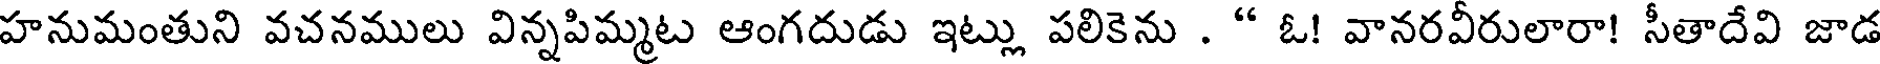
హనుమంతుని వచనములు విన్నపిమ్మట ఆంగదుడు ఇట్లు పలికెను . " ఓ! వానరవీరులారా! సీతాదేవి జాడ